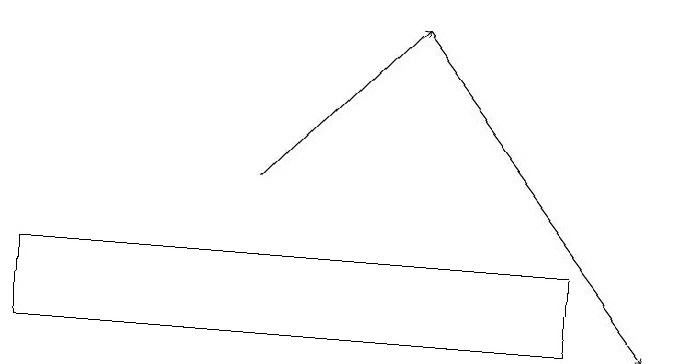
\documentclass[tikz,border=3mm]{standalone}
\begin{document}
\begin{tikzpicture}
\draw[->] (6,17) -- (9,13);
\draw[->] (4,15) -- (6,17);
\draw (8,13) rectangle (1,14);
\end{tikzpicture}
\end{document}